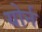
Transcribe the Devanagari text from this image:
योर्न